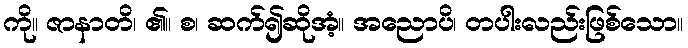
ကို။ ဇာနာတိ၊ ၏။ စ၊ ဆက်၍ဆိုအံ့။ အညောပိ၊ တပါးလည်းဖြစ်သော။